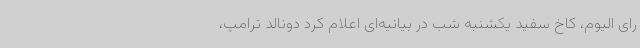
رای الیوم، کاخ سفید یکشنبه شب در بیانیه‌ای اعلام کرد دونالد ترامپ،